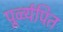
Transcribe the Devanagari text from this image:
पूर्व्व्यपित